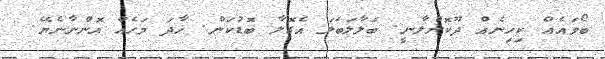
ބޯވައެއް ކިހިނެއް ދޫކޮށްލާނީ. ބަލާލަބަލަ އެގޮލާ ބޮޑުކަން. ހާދަ މަހެއް އޮންނާނެޔޭ.